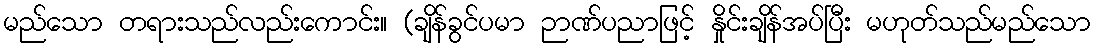
မည်သော တရားသည်လည်းကောင်း။ (ချိန်ခွင်ပမာ ဉာဏ်ပညာဖြင့် နှိုင်းချိန်အပ်ပြီး မဟုတ်သည်မည်သော